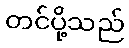
တင်ပို့သည်